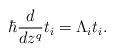
LaTeX: \begin{align*}\hbar \frac{d}{dz^q}t_i=\Lambda_i t_i.\end{align*}